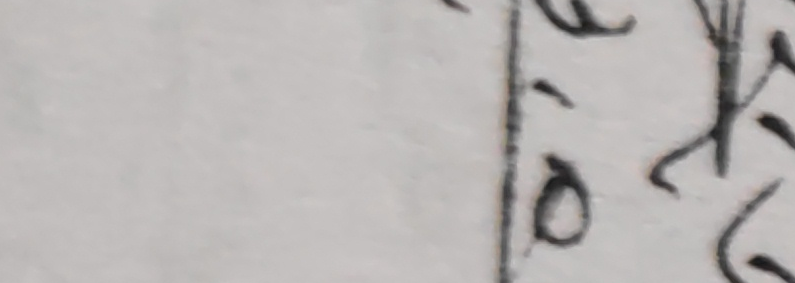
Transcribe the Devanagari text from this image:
ढ